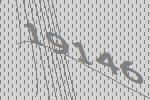
19146